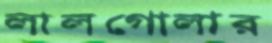
লালগোলার